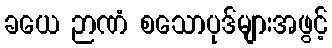
ခယေ ဉာဏံ စသောပုဒ်များအဖွင့်